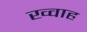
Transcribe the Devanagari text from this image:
ख्वाह